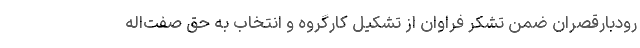
رودبارقصران ضمن تشکر فراوان از تشکیل کارگروه و انتخاب به حق صفت‌اله‌